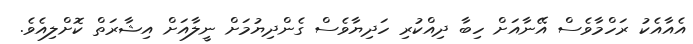
އެއާއެކު ރަހްމާވެސް އޭނާއަށް ހިބާ ދިއްކުރި ހަދިޔާވެސް ގެންދިޔުމަށް ނީލާއަށް އިޝާރަތް ކޮށްލިއެވެ.